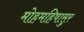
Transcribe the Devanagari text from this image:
मोहमहिषासुर